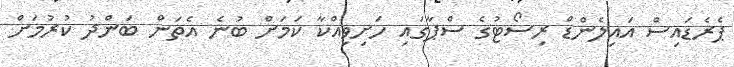
ޕެރެޑައިސް އައިލެންޑް ރިސޯޓުގެ ސްޕާގައި ހަށިވިއްކާ ކަމަށް ބުނެ އެތަން ބަންދު ކުރުމަށް